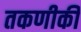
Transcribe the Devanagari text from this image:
तकणीकी